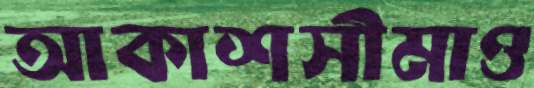
আকাশসীমাও